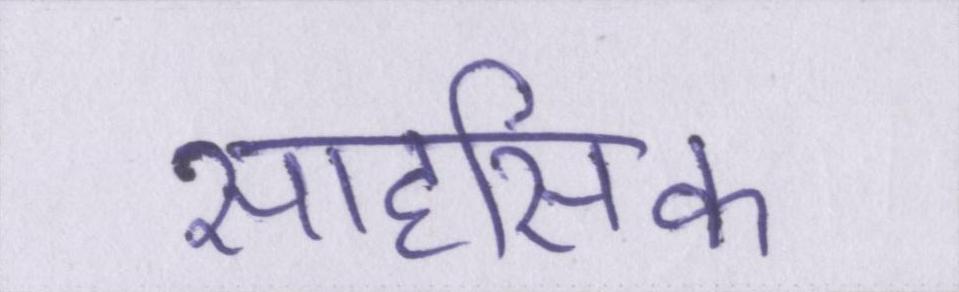
साहसिक